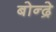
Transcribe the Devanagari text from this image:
बोन्द्रे